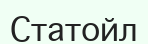
Статойл